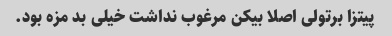
پیتزا برتولی اصلا بیکن مرغوب نداشت خیلی بد مزه بود.